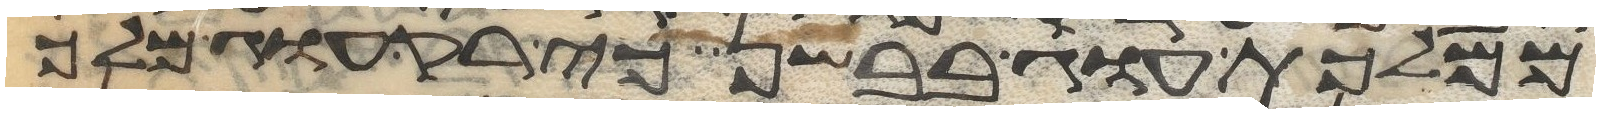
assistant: ממלכת עוג בבשן כי רק עוג מלך